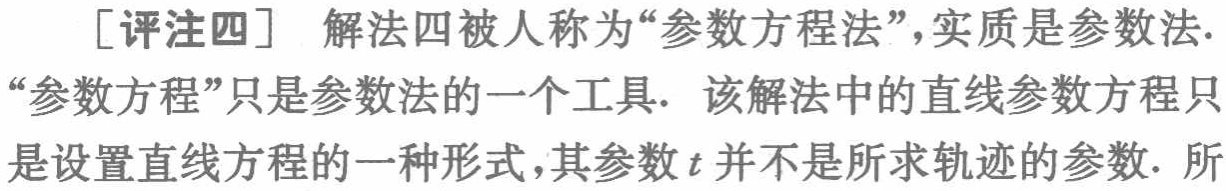
[评注四] 解法四被人称为“参数方程法”，实质是参数法.“参数方程”只是参数法的一个工具. 该解法中的直线参数方程只是设置直线方程的一种形式，其参数\(t\)并不是所求轨迹的参数. 所